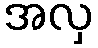
အလှ